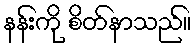
နန်းကို စိတ်နာသည်။